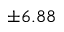
\pm 6 . 8 8